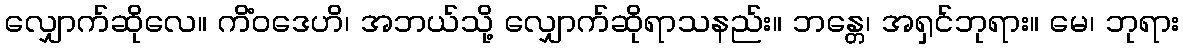
လျှောက်ဆိုလေ။ ကိံဝဒေဟိ၊ အဘယ်သို့ လျှောက်ဆိုရာသနည်း။ ဘန္တေ၊ အရှင်ဘုရား။ မေ၊ ဘုရား